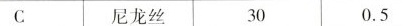
C 尼龙丝 30 0.5